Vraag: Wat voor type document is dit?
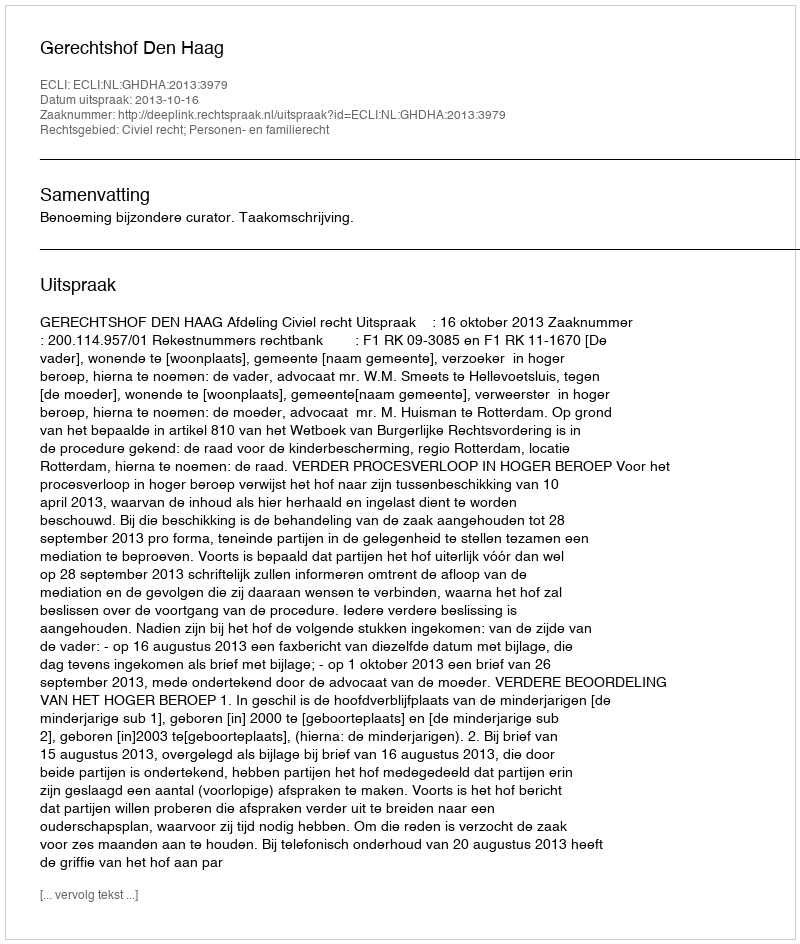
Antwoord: Uitspraak